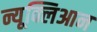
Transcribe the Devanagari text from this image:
न्यूक्लिआन